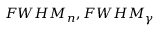
F W H M _ { n } , F W H M _ { \gamma }